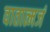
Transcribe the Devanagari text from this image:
वातात्मजं